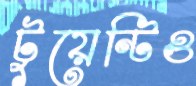
টুয়েন্টিও